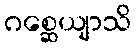
ဂစ္ဆေယျာသိ